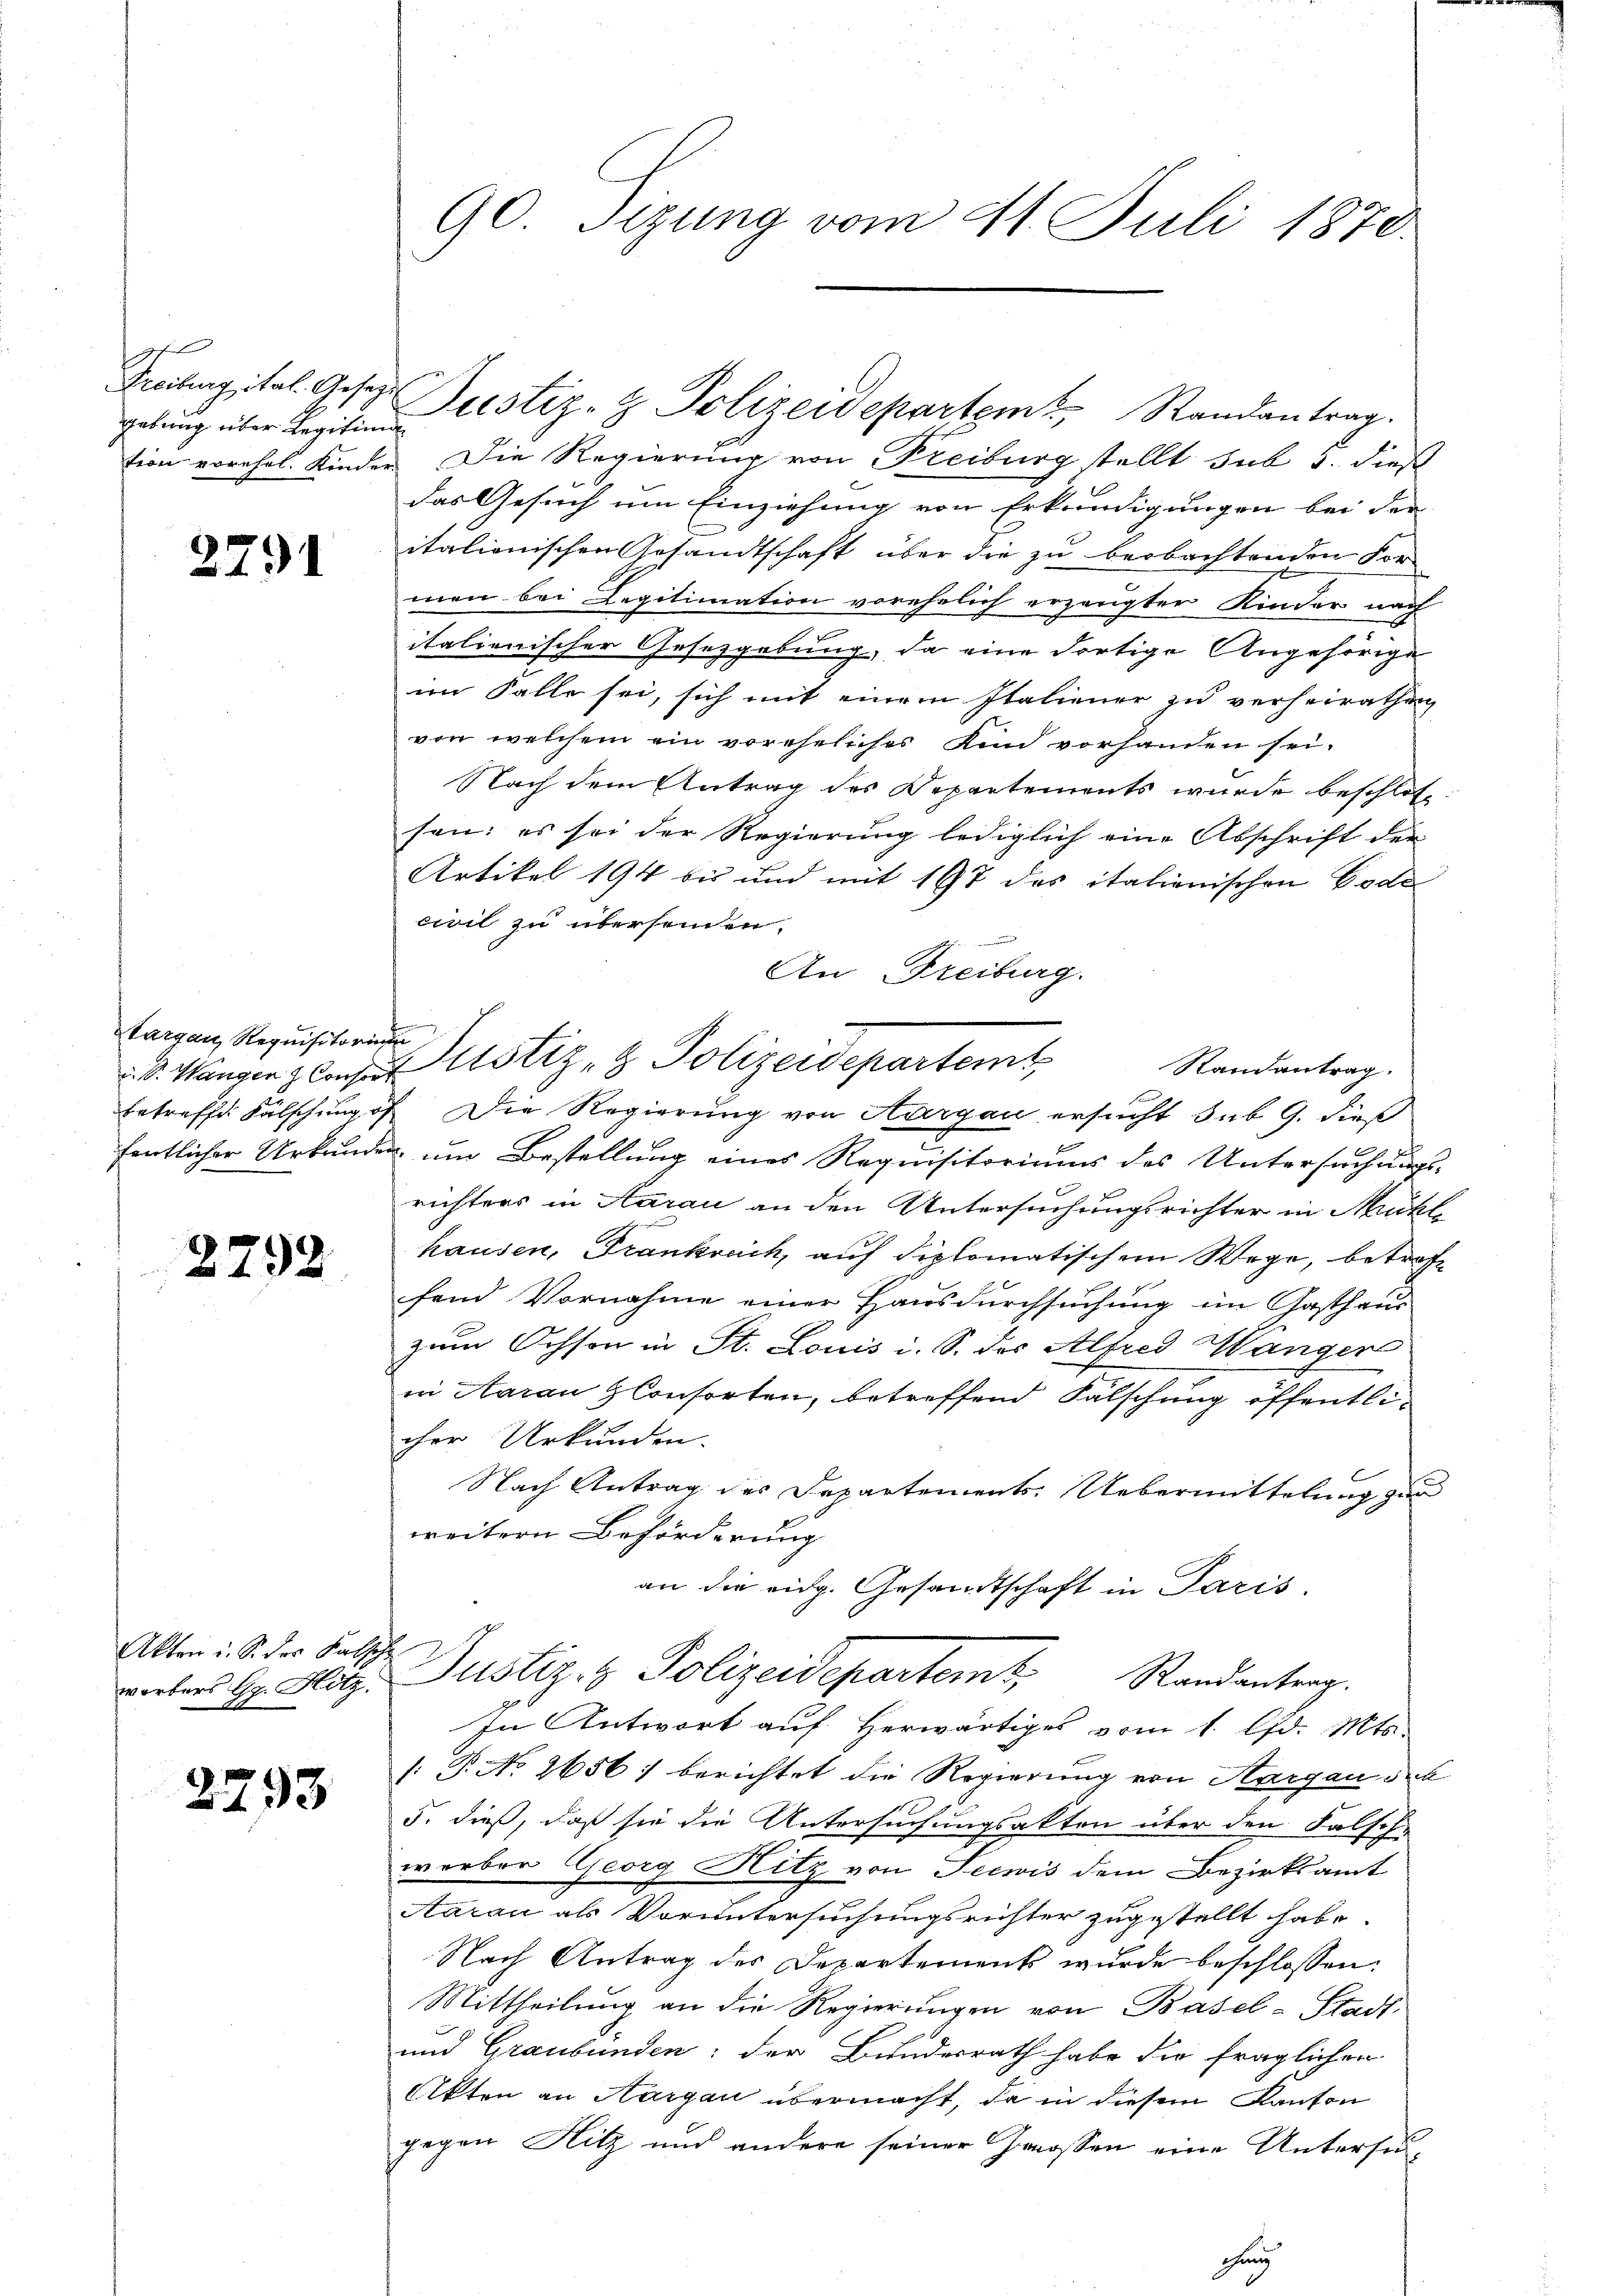
fgefunden
gebung über Regifinde

2791

Aargau, Requisitorium

2792

Akten u. S. der Falsch
werbers Gg. Hotz

2793

90. Sitzung vom 11. Juli 1870.

tion vorehel. Kinder Die Regierung von Freiburg stellt sub 3. dieß
das Gesuch um Einziehung von Erkundigungen bei der
italionischen Gesandtschaft über die zu beobachtenden For
men bei Legitimation vorehelich erzeugter Kinder nach
italienischer Gesetzgebung, da eine dortige Angehörige
im Falle sei, sich mit einem Italiener zu verheirathen,
von welchem ein voreheliches Kind vorhanden sei.
Nach dem Antrag des Departements wurde beschlos
sen; es sei der Regierung lediglich eine Abschrift der
Artikel 194 bis und mit 197 des italionischen Code
civil zu übersenden.
e
An Freiburg.
V. Wangen Conser Astiz- & Polizeidepartemt
betreff. Fälschung of Die Regierung von Aargau ersucht sub 9. dieß
fentlicher Urkunden um Bestellung eines Requisitoriums des Untersuchungs-
richters in Aarau an den Untersuchungsrichter in Mühle
hausen, Frankreich, auf diplomatischem Wege, betreff
fend Vornahme einer Hausdurchsuchung im Gasthaus
zum Ochsen in St. Louis i. S. des Alfred Wanger
in Aarau Consorten, betreffend Fälschung öffentlicher Urkunden.
Nach Antrag des Departement Uebermittelung zur
weitern Beförderung
an die eidg. Gesandtschaft in Paris.
Justiz- & Polizeidepartemt, Randantrag.
In Antwort auf Herwärtiges vom 1. d. Mts.
/: P. No 2656: berichtet die Regierung von Aargau de
5. dieß, daß sie die Untersuchungsakten über den Falsch
werber Georg Hitz von Seewis dem Bezirksamt
Aarau als Voruntersuchungsrichter zugestellt habe.
Nach Antrag des Departement wurde beschlossen:
Mittheilung an die Regierungen von Basel-Stadt-
und Graubünden: der Bundesrath habe die fraglichen
Akten an Hargau übermacht, da in diesem Kanton
gegen Hitz und andere seiner Grossen eine Untersu¬

Freihengital. Geser Justiz- & Polizeidepartem Randantrag.

Randantrag.

dhe